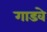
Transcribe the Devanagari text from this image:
गाडवे